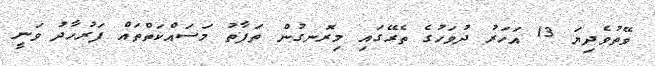
ވޭތުވެދިޔަ 13 އަހަރު ދުވަހުގެ ތެރޭގައި މިރޮނގުން ތަފާތު މަސައްކަތްތައް ފަރުހާދު ވަނީ